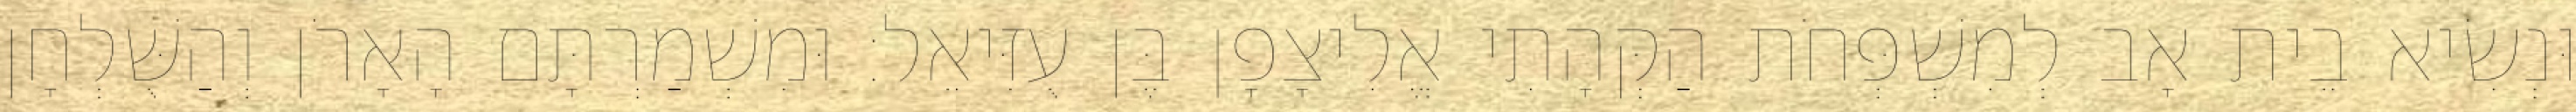
וּנְשִׂיא בֵית אָב לְמִשְׁפְּחֹת הַקְּהָתִי אֱלִיצָפָן בֶּן עֻזִּיאֵל׃ וּמִשְׁמַרְתָּם הָאָרֹן וְהַשֻּׁלְחָן